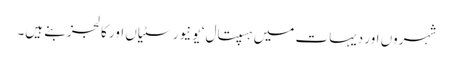
شہروں اور دیہات میں ہسپتال ‘ یونیورسٹیاں اور کالجز بنے ہیں۔